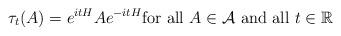
LaTeX: \begin{align*} \tau_t(A) = e^{itH}A e^{-itH} \mbox{for all } A \in \mathcal{A} \mbox{ and all } t \in \mathbb{R} \,\end{align*}